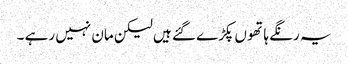
یہ رنگے ہاتھو ں پکڑے گئے ہیں لیکن مان نہیں رہے ۔